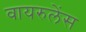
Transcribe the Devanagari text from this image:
वायरुलेंस